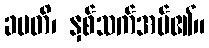
ခမတိ၊ နှစ်သက်အပ်၏။